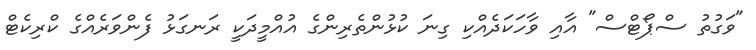
"ވަގުތު ސްޕޯޓްސް" އާއި ވާހަކަދެއްކި ގިނަ ކުޅުންތެރިންގެ އުއްމީދަކީ ރަނގަޅު ފެންވަރެއްގެ ކްރިކެޓް